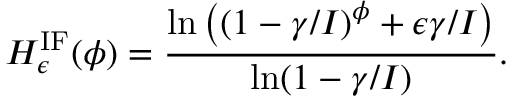
H _ { \epsilon } ^ { \mathrm { I F } } ( \phi ) = \frac { \ln \left( ( 1 - \gamma / I ) ^ { \phi } + \epsilon \gamma / I \right) } { \ln ( 1 - \gamma / I ) } .